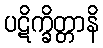
ပဋိက္ခိတ္တာနိ